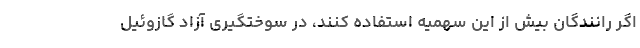
اگر رانندگان بیش از این سهمیه استفاده کنند، در سوختگیری آزاد گازوئیل